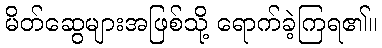
မိတ်ဆွေများအဖြစ်သို့ ရောက်ခဲ့ကြရ၏။